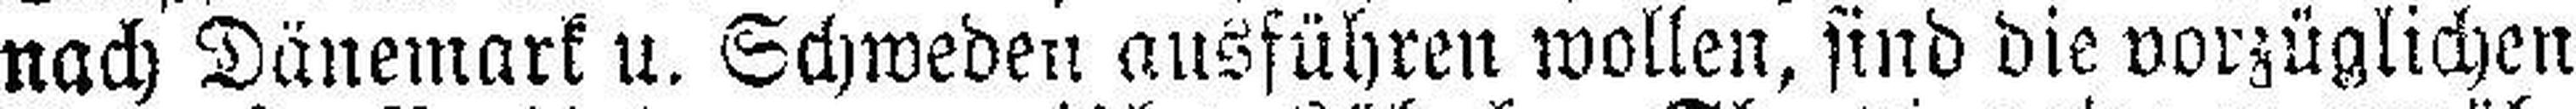
nach Dänemark u. Schweden ausführen wollen, sind die vorzüglichen